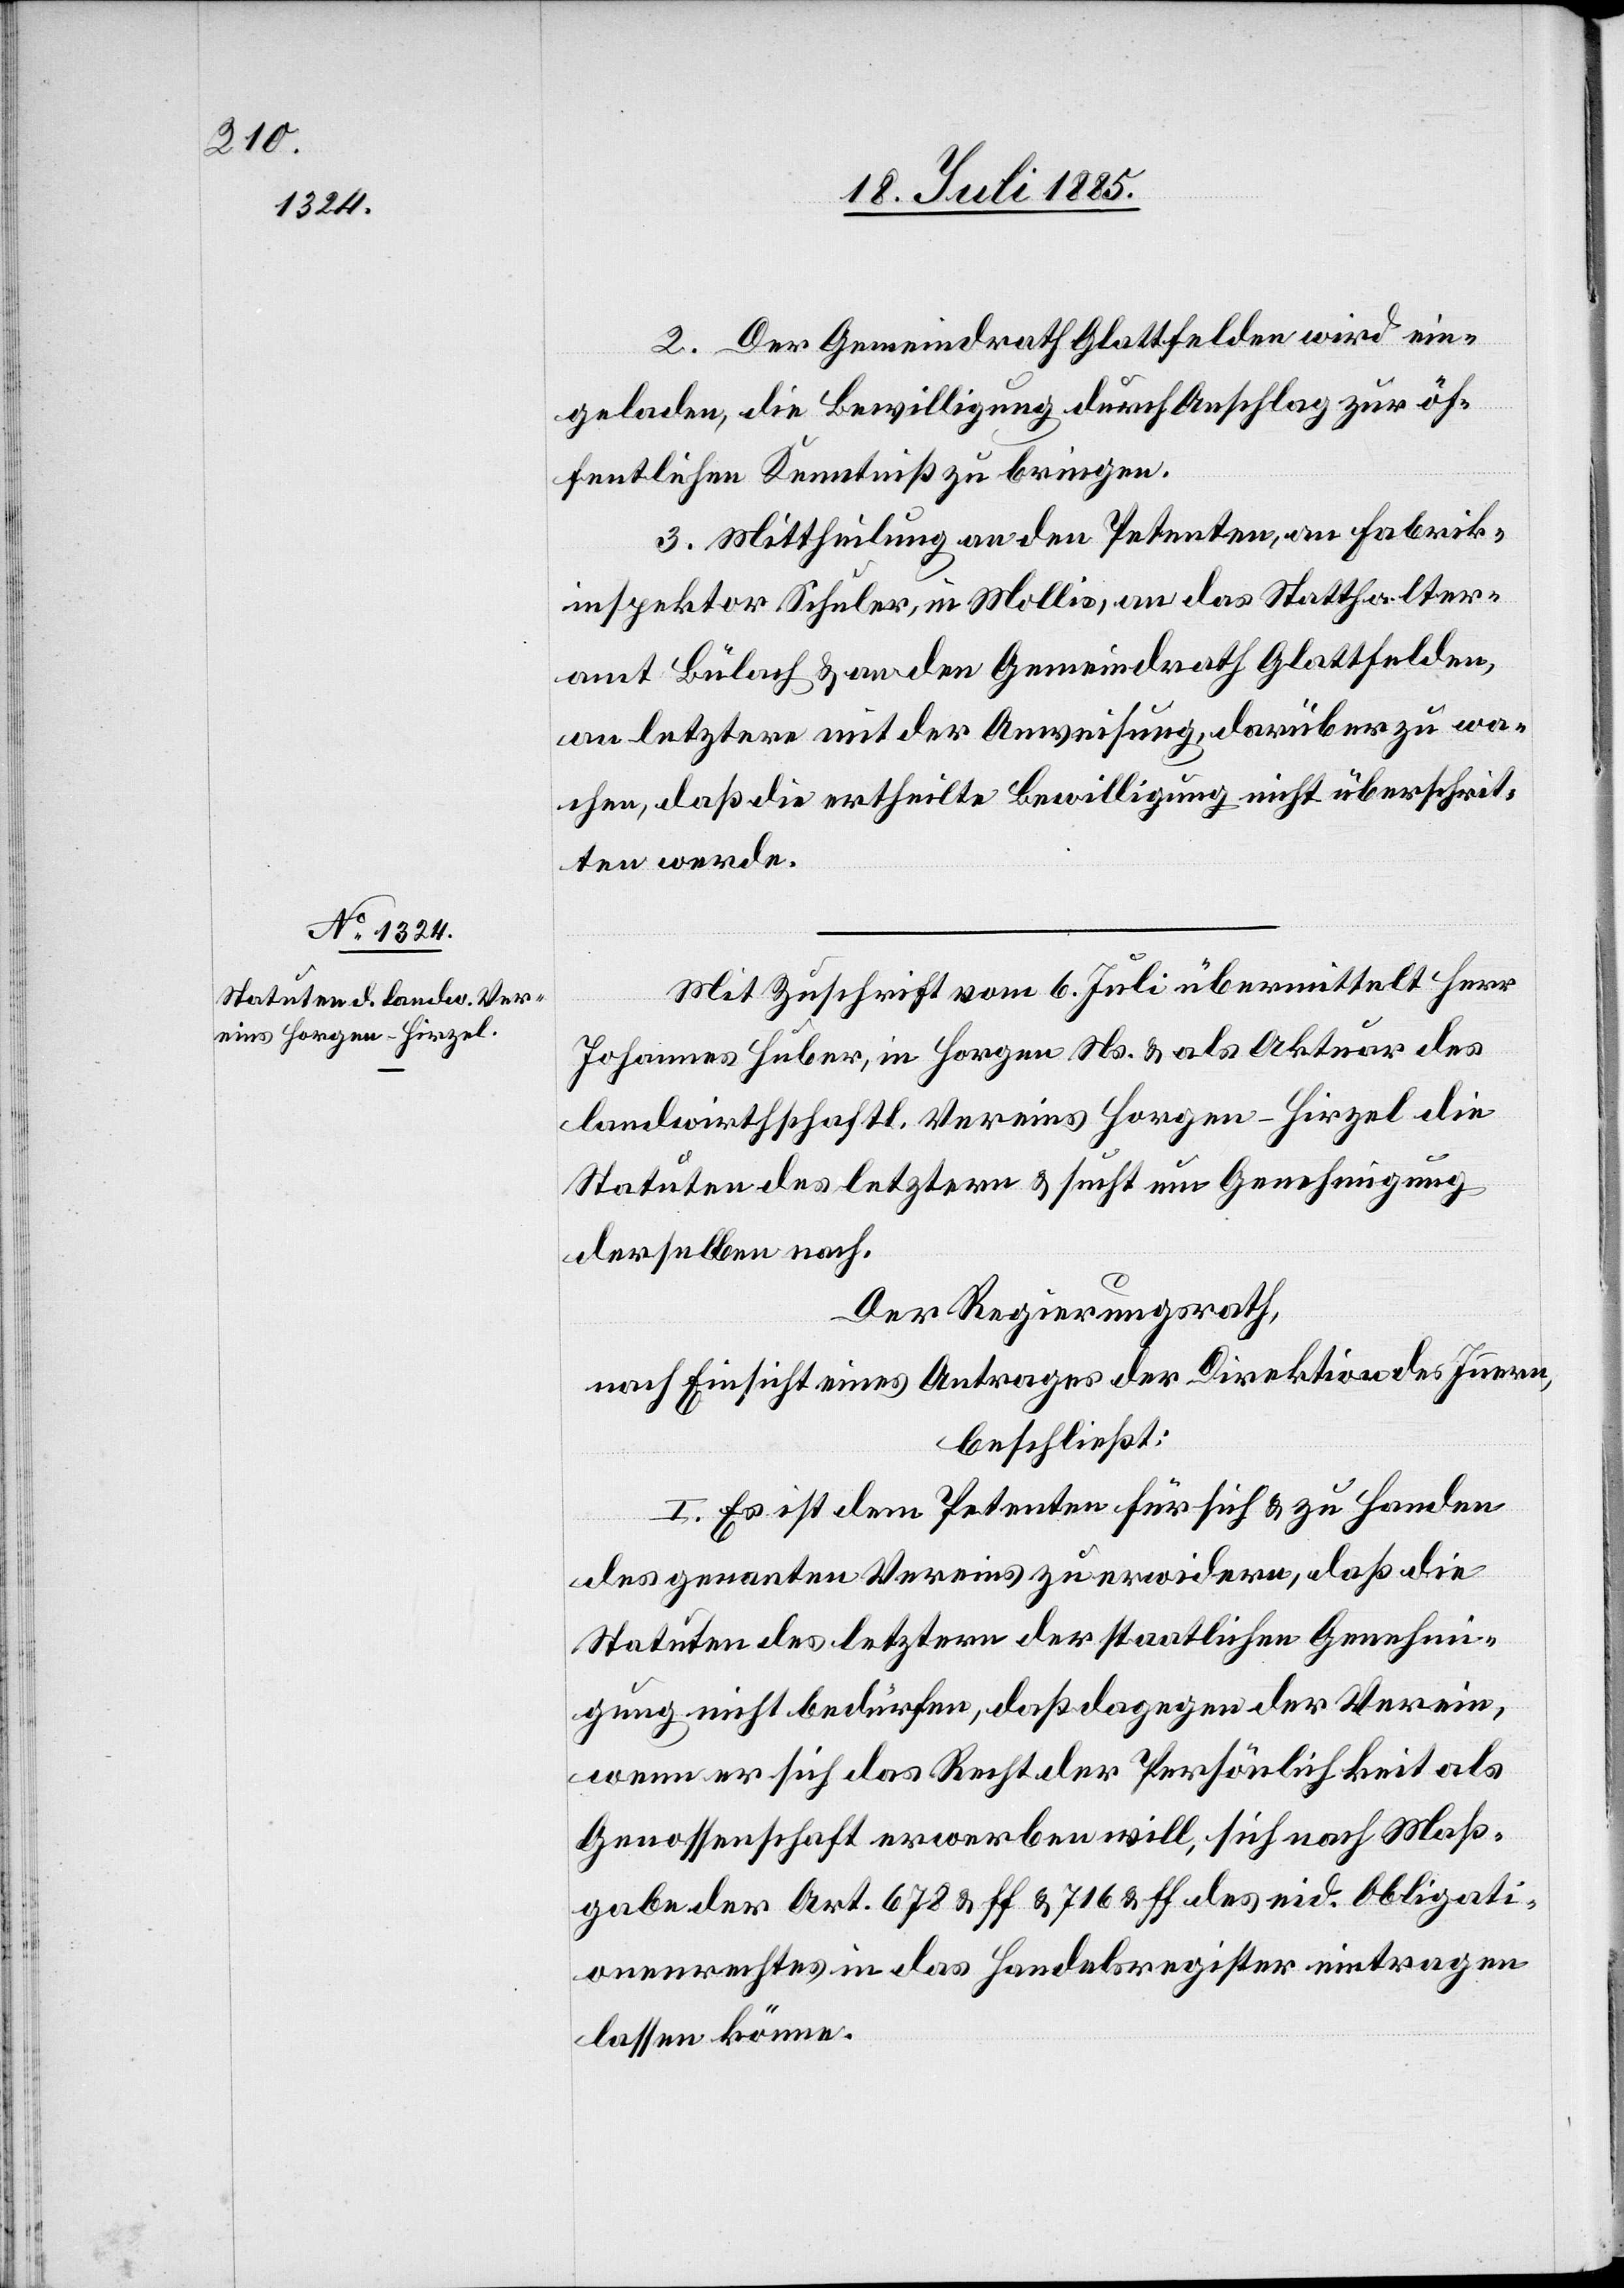
2. Der Gemeindrath Glattfelden wird ein¬
geladen, die Bewilligung durch Anschlag zur öf¬
fentlichen Kenntniß zu bringen.
3. Mittheilung an den Petenten, an Fabrik¬
inspektor Schuler, in Mollis, an das Statthalter¬
amt Bülach & an den Gemeindrath Glattfelden,
an letztern mit der Anweisung, darüber zu wa¬
chen, daß die ertheilte Bewilligung nicht überschrit¬
ten werde.
Mit Zuschrift vom 6. Juli übermittelt Herr
Johannes Huber, in Horgen Ns. & als Aktuar des
landwirthschaftl. Vereins Horgen-Hirzel die
Statuten des letztern & sucht um Genehmigung
derselben nach.
Der Regierungsrath,
nach Einsicht eines Antrages der Direktion des Innern,
beschließt:
I. Es ist dem Petenten für sich & zu Handen
des genannten Vereins zu erwidern, daß die
Statuten des letztern der staatlichen Genehmi¬
gung nicht bedürfen, daß dagegen der Verein,
wenn er sich das Recht der Persönlichkeit als
Genossenschaft erwerben will, sich nach Maß¬
gabe der Art. 678 & ff & 716 & ff des eid. Obligati¬
onenrechtes in das Handelsregister eintragen
lassen könne.